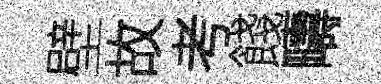
壁故考餞疇